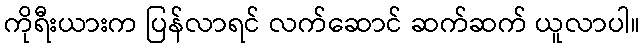
ကိုရီးယားက ပြန်လာရင် လက်ဆောင် ဆက်ဆက် ယူလာပါ။